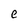
Character: e